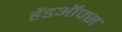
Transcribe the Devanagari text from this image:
हेंडऑफ्स